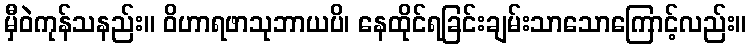
မှီဝဲကုန်သနည်း။ ဝိဟာရဖာသုဘာယပိ၊ နေထိုင်ရခြင်းချမ်းသာသောကြောင့်လည်း။